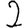
Digit: 2